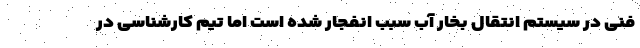
فنی در سیستم انتقال بخار آب سبب انفجار شده است اما تیم کارشناسی در